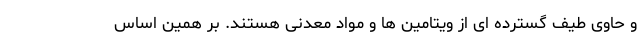
و حاوی طیف گسترده ای از ویتامین ها و مواد معدنی هستند. بر همین اساس